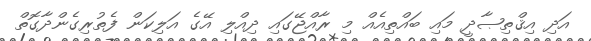
އަދި އިޤްތިޞާދީ މައި ބައްތިއެއް މި ރާއްޖޭގައި ދިއްލި އޭގެ އަލިކަން ފެތުރިގެންދާގޮތް